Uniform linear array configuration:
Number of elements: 12
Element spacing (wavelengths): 0.25
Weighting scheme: kaiser
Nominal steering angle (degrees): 15
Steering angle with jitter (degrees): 14.472
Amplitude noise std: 0.05
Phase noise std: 0.05

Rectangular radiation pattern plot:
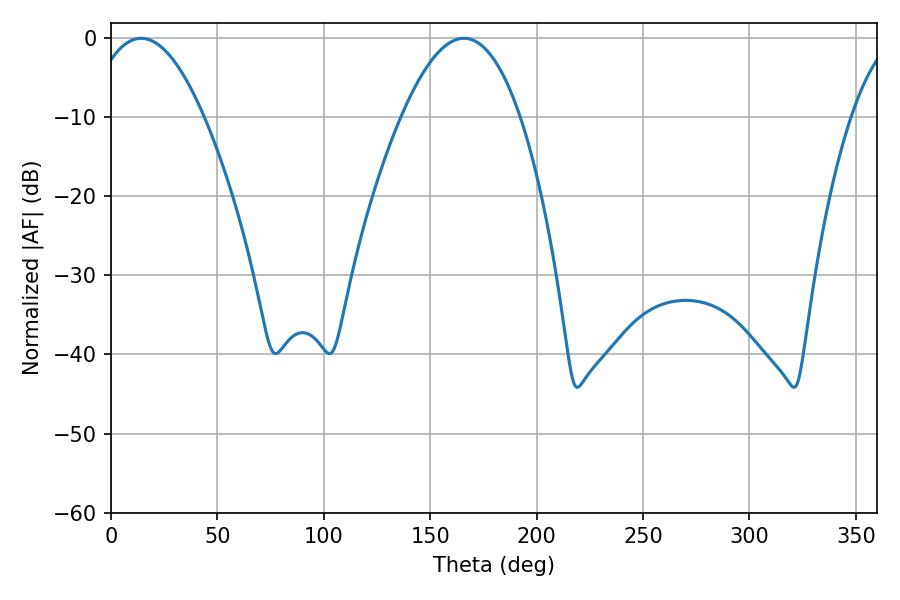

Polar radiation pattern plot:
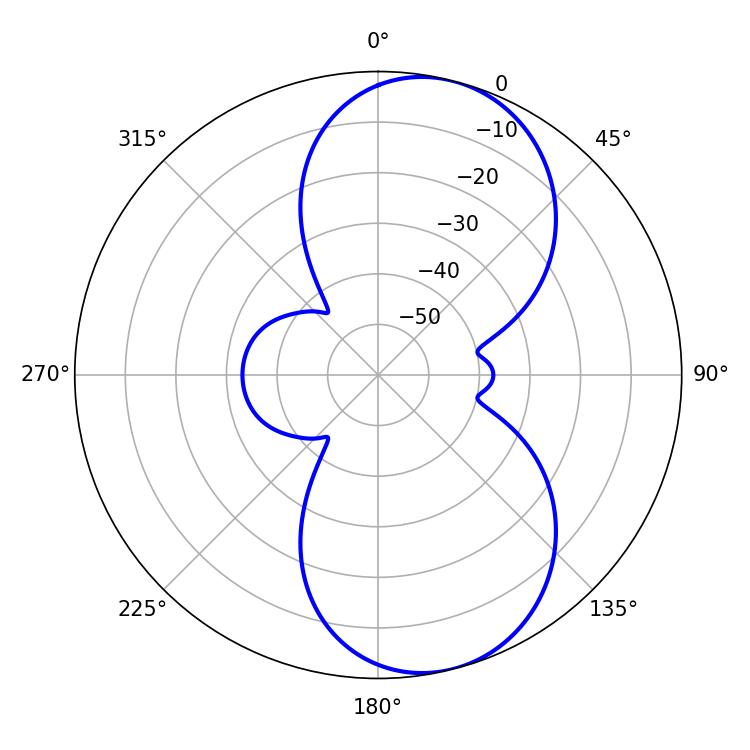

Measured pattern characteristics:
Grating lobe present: FALSE
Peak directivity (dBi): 8.361
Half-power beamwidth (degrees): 29.88
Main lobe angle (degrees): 14.22